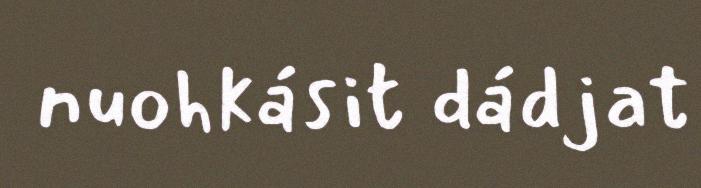
nuohkásit dádjat